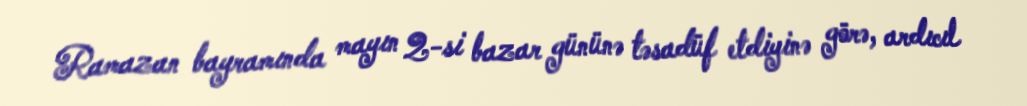
Ramazan bayramında mayın 2-si bazar gününə təsadüf etdiyinə görə, ardıcıl